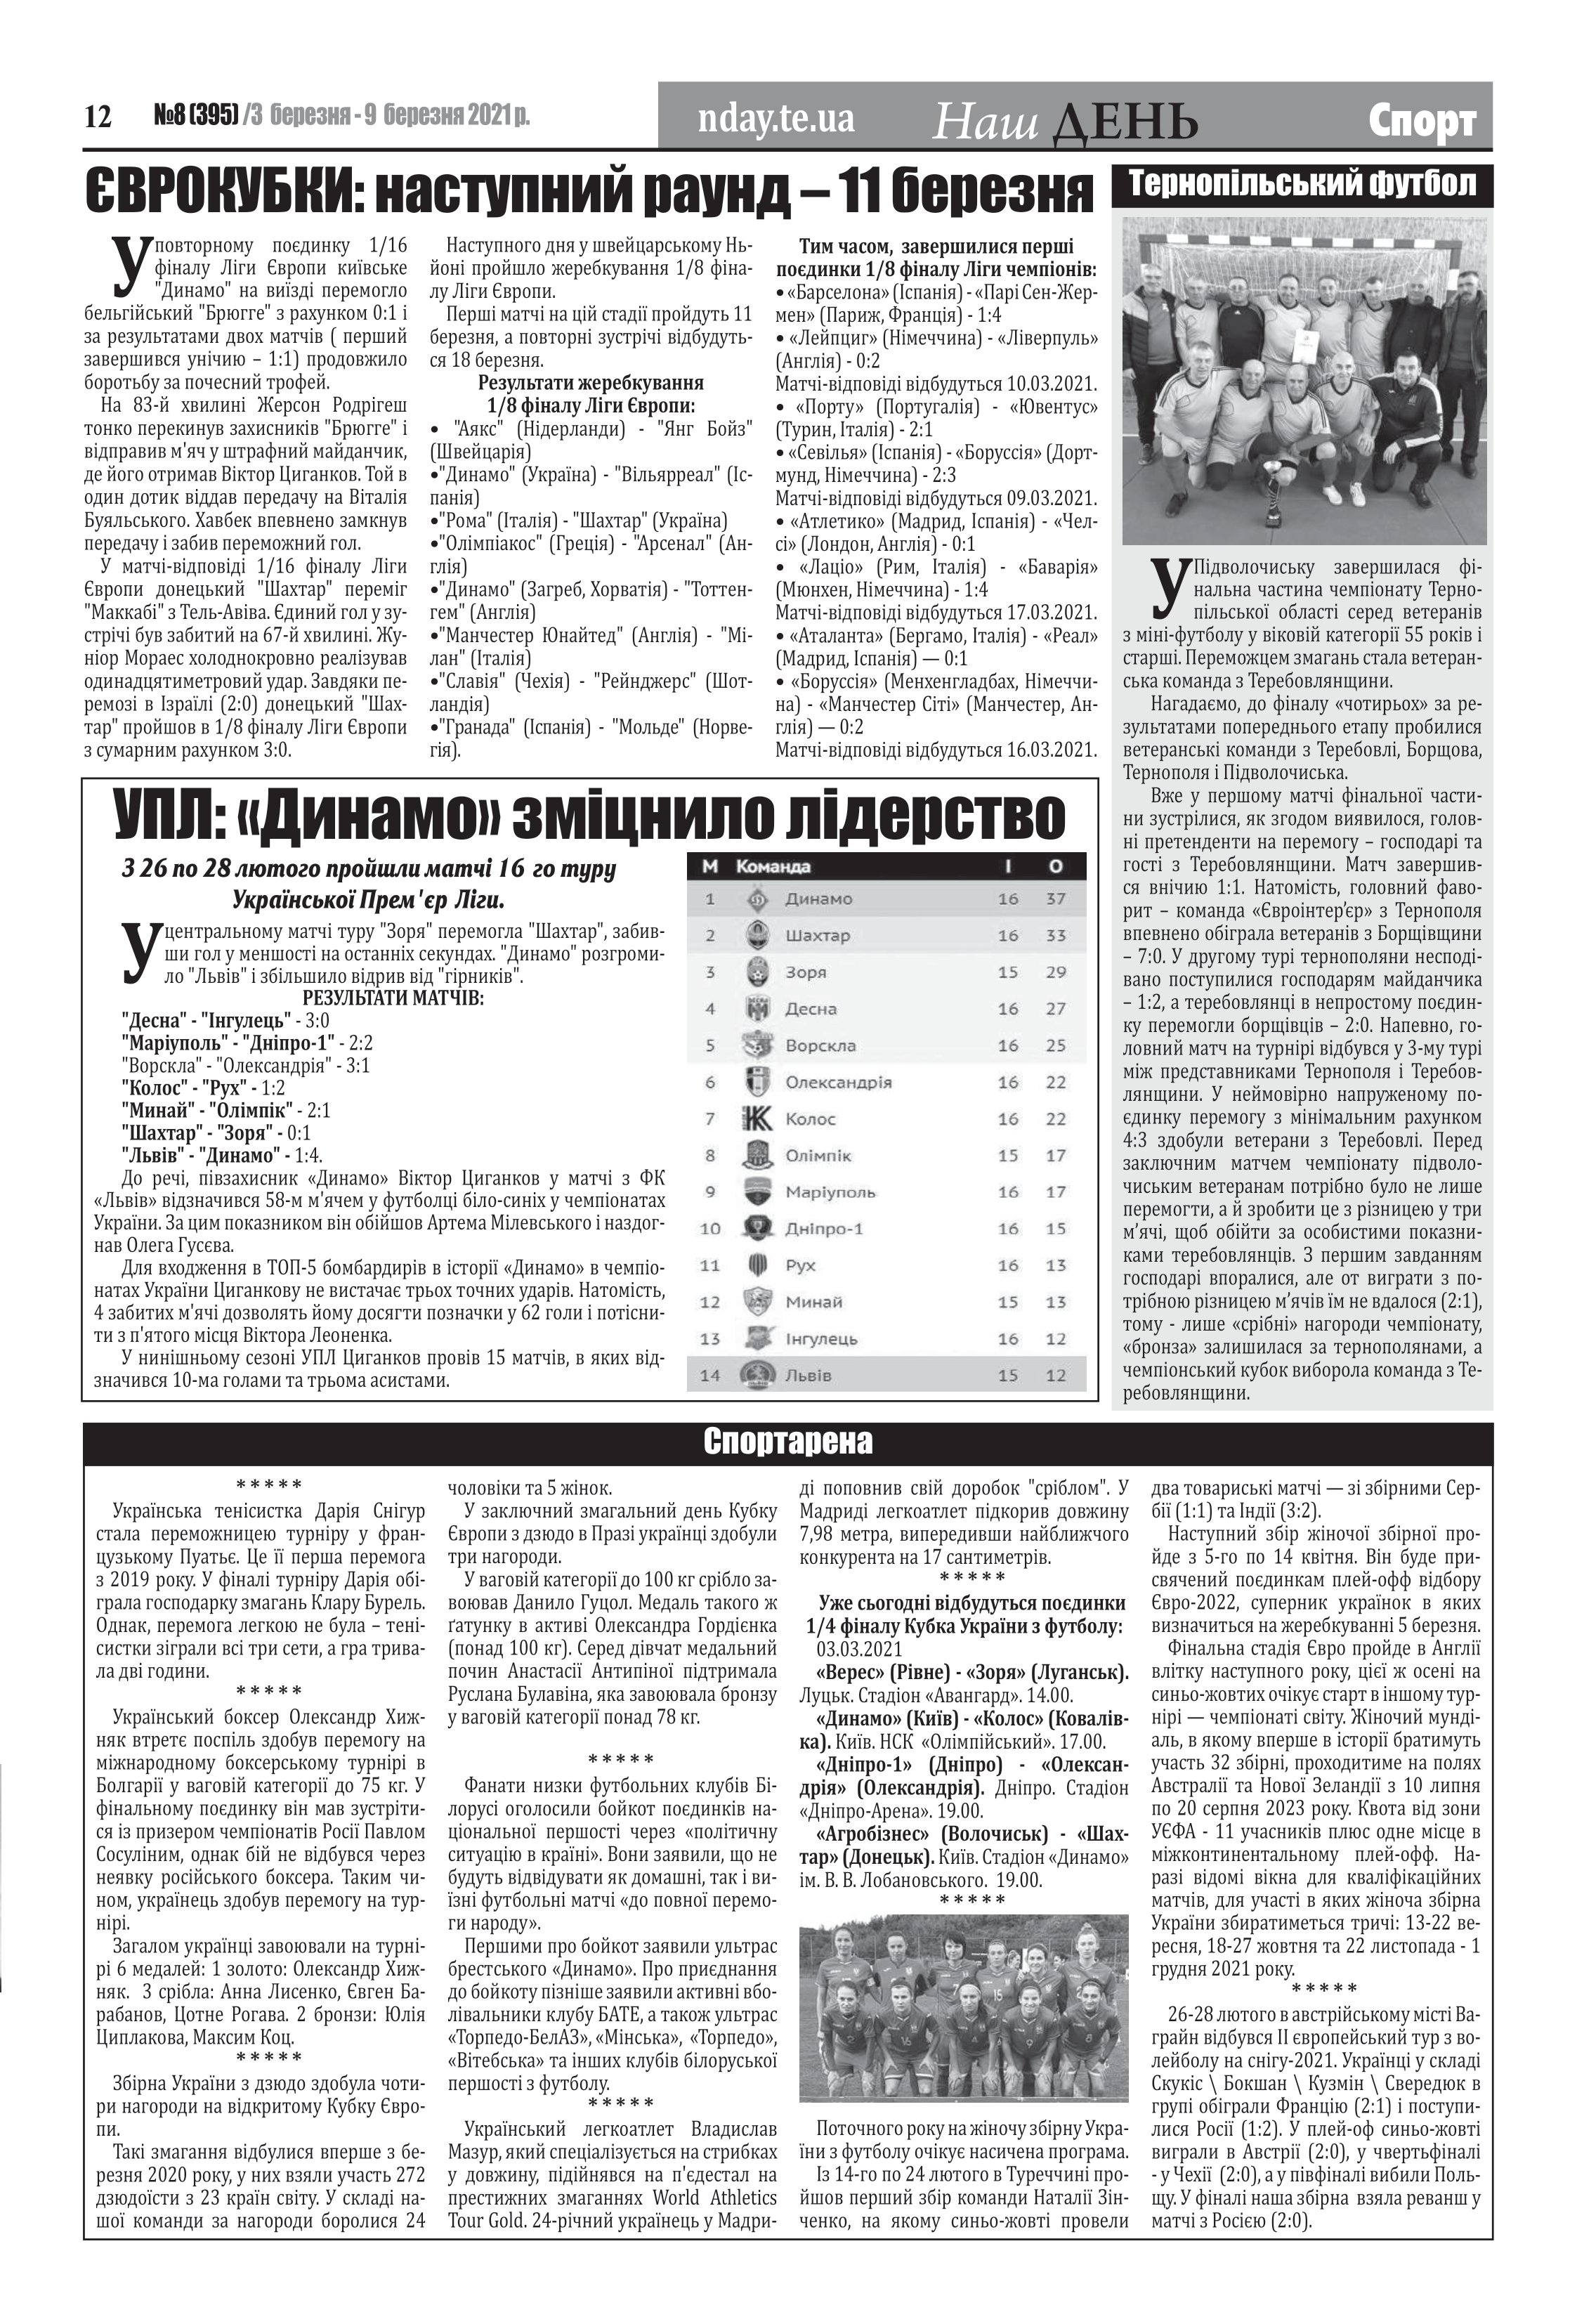
Language: uk